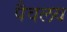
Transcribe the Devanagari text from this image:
पैवलव